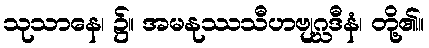
သုသာနေ၊ ၌။ အမနုဿသီဟဗျဂ္ဃဒီနံ၊ တို့၏။